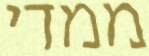
ממדי